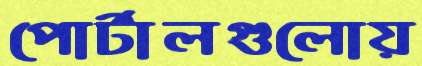
পোর্টালগুলোয়